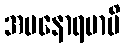
အမနောရမာပိ